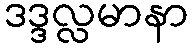
ဒဒ္ဒလ္လမာနာ